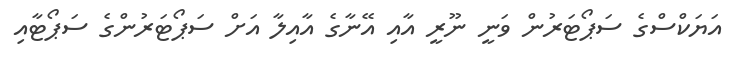
އަޔަކްސްގެ ސަޕޯޓަރުން ވަނީ ނޫރީ އާއި އޭނާގެ އާއިލާ އަށް ސަޕޯޓަރުންގެ ސަޕޯޓާއި